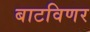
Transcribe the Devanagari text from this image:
बाटविणर